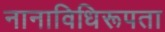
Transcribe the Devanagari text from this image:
नानाविधिरूपता